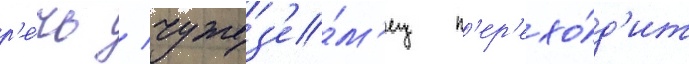
р'е́чь / чужез'е́м'ец п'ер'ехо́д'ит